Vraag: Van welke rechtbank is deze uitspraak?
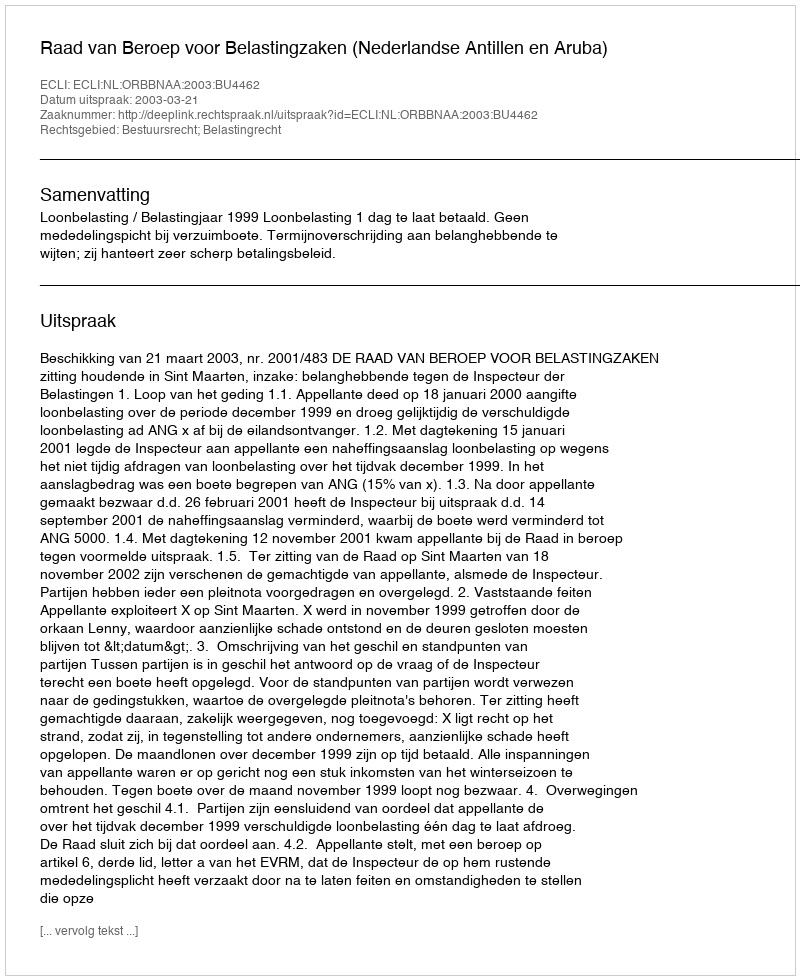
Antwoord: Raad van Beroep voor Belastingzaken (Nederlandse Antillen en Aruba)